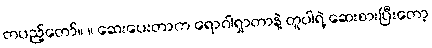
တပည့်တော်။ ။ ဆေးပေးတာက ရောဂါရှာတာနဲ့ တူပါရဲ့ ဆေးစားပြီးတော့